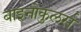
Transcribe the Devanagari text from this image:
बाइनोकुलर्स